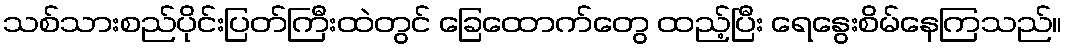
သစ်သားစည်ပိုင်းပြတ်ကြီးထဲတွင် ခြေထောက်တွေ ထည့်ပြီး ရေနွေးစိမ်နေကြသည်။